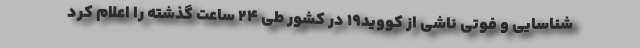
شناسایی و فوتی ناشی از کووید۱۹ در کشور طی ۲۴ ساعت گذشته را اعلام کرد